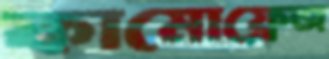
কামোফ্লেজ